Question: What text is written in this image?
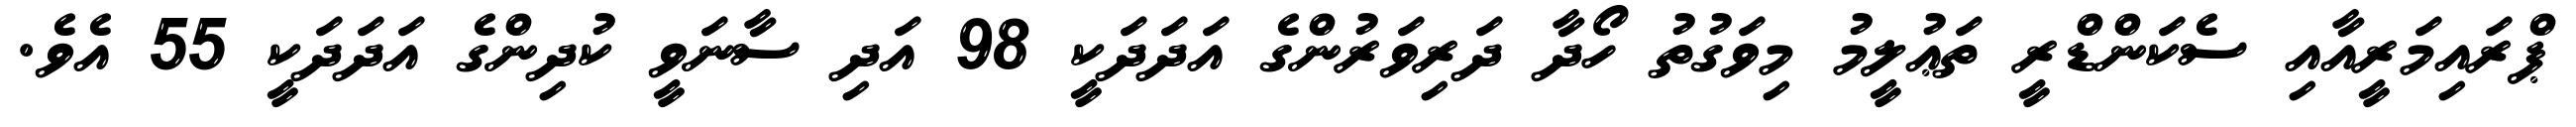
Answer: ޕްރައިމަރީއާއި ސެކަންޑްރީ ތަޢުލީމު މިވަގުތު ހޯދާ ދަރިވަރުންގެ އަދަދަކީ 98 އަދި ސާނަވީ ކުދިންގެ އަދަދަކީ 55 އެވެ.